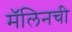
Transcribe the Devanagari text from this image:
मॅलिनची